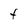
Character: F